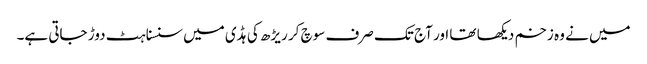
میں نے وہ زخم دیکھا تھا اور آج تک صرف سوچ کر ریڑھ کی ہڈی میں سنسناہٹ دوڑ جاتی ہے۔